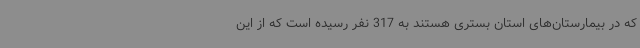
که در بیمارستان‌های استان بستری هستند به 317 نفر رسیده است که از این